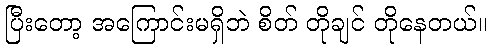
ပြီးတော့ အကြောင်းမရှိဘဲ စိတ် တိုချင် တိုနေတယ်။